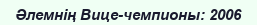
Әлемнің Вице-чемпионы: 2006